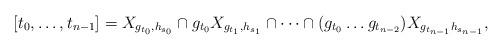
LaTeX: \begin{align*}[t_0, \ldots, t_{n-1}]=X_{g_{t_0}, h_{s_0}}\cap g_{t_0}X_{g_{t_1}, h_{s_1}}\cap\cdots\cap (g_{t_0}\ldots g_{t_{n-2}})X_{g_{t_{n-1}}h_{s_{n-1}}},\end{align*}